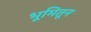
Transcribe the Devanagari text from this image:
भूमितून